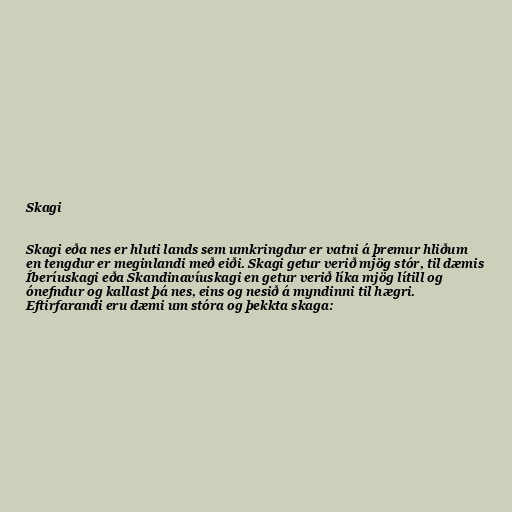
Skagi

Skagi eða nes er hluti lands sem umkringdur er vatni á þremur hliðum
en tengdur er meginlandi með eiði. Skagi getur verið mjög stór, til dæmis
Íberíuskagi eða Skandinavíuskagi en getur verið líka mjög lítill og
ónefndur og kallast þá nes, eins og nesið á myndinni til hægri.
Eftirfarandi eru dæmi um stóra og þekkta skaga: